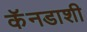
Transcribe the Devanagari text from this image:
कॅनडाशी